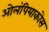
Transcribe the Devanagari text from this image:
ओलंपियाकोस